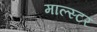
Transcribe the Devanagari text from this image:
माल्स्टर